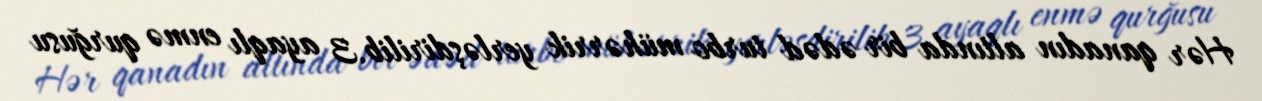
Hər qanadın altında bir ədəd turbo mühərrik yerləşdirilib.3 ayaqlı enmə qurğusu